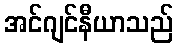
အင်ဂျင်နီယာသည်